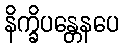
နိက္ခိပန္တေနပေ